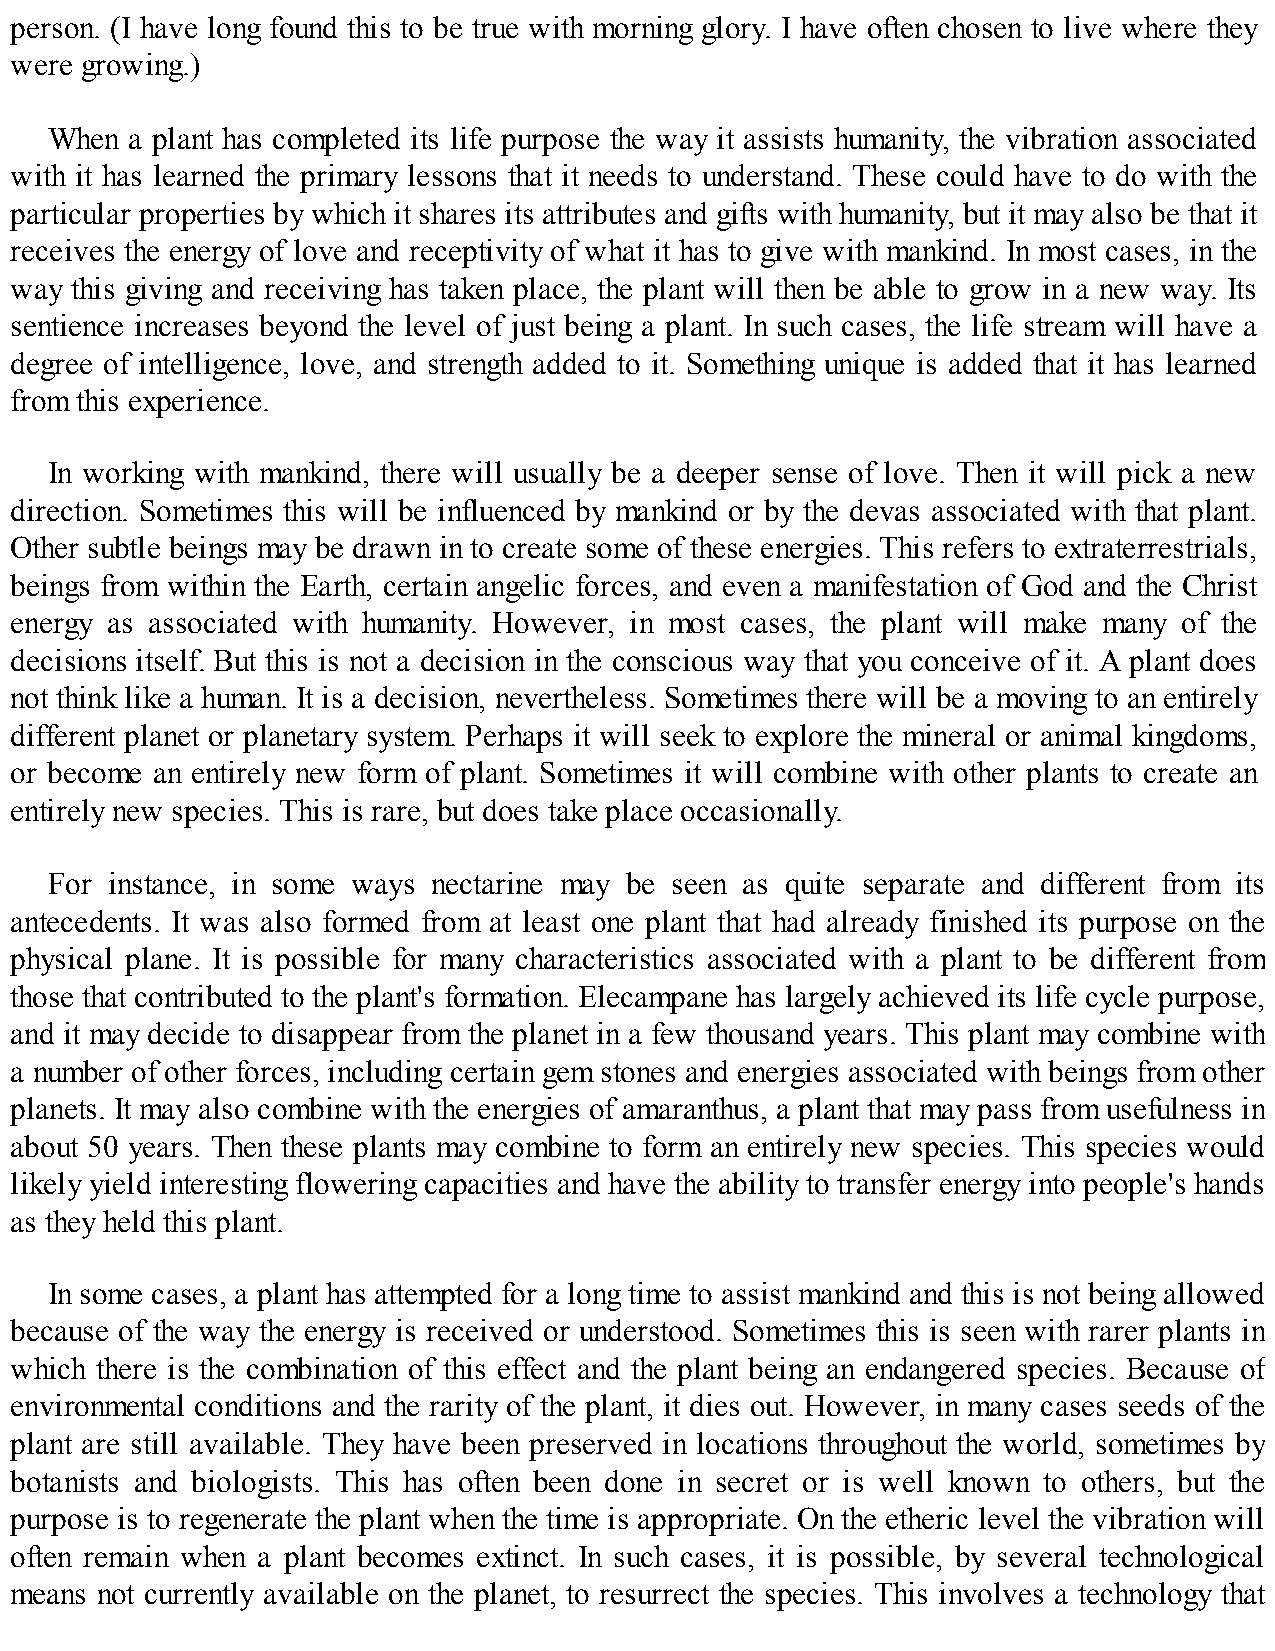
person. (I have long found this to be true with morning glory. I have often chosen to live where they
 were growing.)
 When a plant has completed its life purpose the way it assists humanity, the vibration associated
 with it has learned the primary lessons that it needs to understand. These could have to do with the
 particular properties by which it shares its attributes and gifts with humanity, but it may also be that it
 receives the energy of love and receptivity of what it has to give with mankind. In most cases, in the
 way this giving and receiving has taken place, the plant will then be able to grow in a new way. Its
 sentience increases beyond the level of just being a plant. In such cases, the life stream will have a
 degree of intelligence, love, and strength added to it. Something unique is added that it has learned
 from this experience.
 In working with mankind, there will usually be a deeper sense of love. Then it will pick a new
 direction. Sometimes this will be influenced by mankind or by the devas associated with that plant.
 Other subtle beings may be drawn in to create some of these energies. This refers to extraterrestrials,
 beings from within the Earth, certain angelic forces, and even a manifestation of God and the Christ
 energy as associated with humanity. However, in most cases, the plant will make many of the
 decisions itself. But this is not a decision in the conscious way that you conceive of it. A plant does
 not think like a human. It is a decision, nevertheless. Sometimes there will be a moving to an entirely
 different planet or planetary system. Perhaps it will seek to explore the mineral or animal kingdoms,
 or become an entirely new form of plant. Sometimes it will combine with other plants to create an
 entirely new species. This is rare, but does take place occasionally.
 For instance, in some ways nectarine may be seen as quite separate and different from its
 antecedents. It was also formed from at least one plant that had already finished its purpose on the
 physical plane. It is possible for many characteristics associated with a plant to be different from
 those that contributed to the plant's formation. Elecampane has largely achieved its life cycle purpose,
 and it may decide to disappear from the planet in a few thousand years. This plant may combine with
 a number of other forces, including certain gem stones and energies associated with beings from other
 planets. It may also combine with the energies of amaranthus, a plant that may pass from usefulness in
 about 50 years. Then these plants may combine to form an entirely new species. This species would
 likely yield interesting flowering capacities and have the ability to transfer energy into people's hands
 as they held this plant.
 In some cases, a plant has attempted for a long time to assist mankind and this is not being allowed
 because of the way the energy is received or understood. Sometimes this is seen with rarer plants in
 which there is the combination of this effect and the plant being an endangered species. Because of
 environmental conditions and the rarity of the plant, it dies out. However, in many cases seeds of the
 plant are still available. They have been preserved in locations throughout the world, sometimes by
 botanists and biologists. This has often been done in secret or is well known to others, but the
 purpose is to regenerate the plant when the time is appropriate. On the etheric level the vibration will
 often remain when a plant becomes extinct. In such cases, it is possible, by several technological
 means not currently available on the planet, to resurrect the species. This involves a technology that